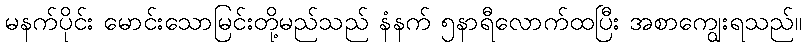
မနက်ပိုင်း မောင်းသောမြင်းတို့မည်သည် နံနက် ၅နာရီလောက်ထပြီး အစာကျွေးရသည်။